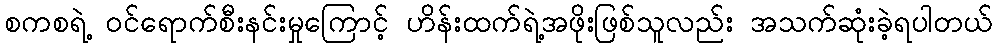
စကစရဲ့ ဝင်ရောက်စီးနင်းမှုကြောင့် ဟိန်းထက်ရဲ့အဖိုးဖြစ်သူလည်း အသက်ဆုံးခဲ့ရပါတယ်